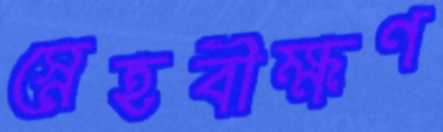
স্নেহবীক্ষণ